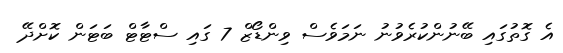
އެ ގޮތުގައި ބޭނުންކުރެވުނު ނަމަވެސް ވިންޑޯޒް 7 ގައި ސްޓާޓް ބަޓަން ކޮށްދޭ